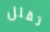
تقلل